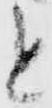
と